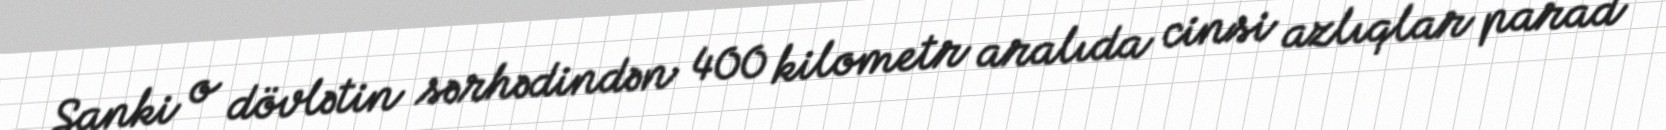
Sanki o dövlətin sərhədindən 400 kilometr aralıda cinsi azlıqlar parad